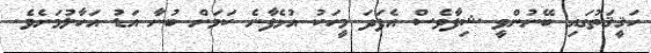
ހަޤީޤަތުގައި ބޭނުންވީ ޝިފާވެސް އެފަދަ މީހަކު އުޅެފާނެ ކަމަށް ބުނާ އަޑު އަހާލުމަށެވެ.